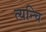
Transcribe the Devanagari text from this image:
त्यन्चि